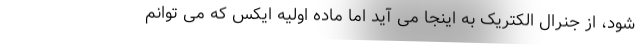
شود، از جنرال الکتریک به اینجا می آید اما ماده اولیه ایکس که می توانم